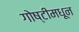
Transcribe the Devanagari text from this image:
गोष्टीमधून